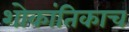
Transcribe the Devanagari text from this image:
शोकांतिकाच